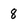
Character: 8